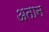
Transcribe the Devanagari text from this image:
अतान